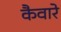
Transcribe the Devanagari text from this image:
कैवारे